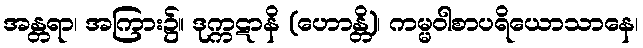
အန္တရာ၊ အကြား၌။ ဒုက္ကဋာနိ (ဟောန္တိ)၊ ကမ္မဝါစာပရိယောသာနေ၊